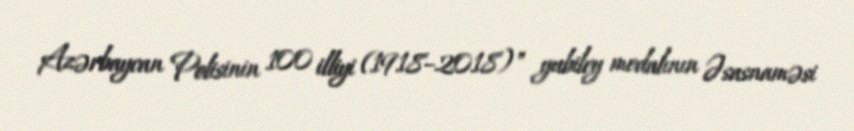
Azərbaycan Polisinin 100 illiyi (1918–2018)" yubiley medalının Əsasnaməsi